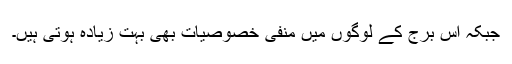
جبکہ اس برج کے لوگوں میں منفی خصوصیات بھی بہت زیادہ ہوتی ہیں۔